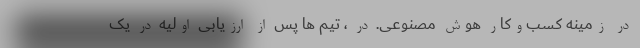
در زمینه کسب‌وکار هوش مصنوعی. در ، تیم ها پس از ارزیابی اولیه در یک